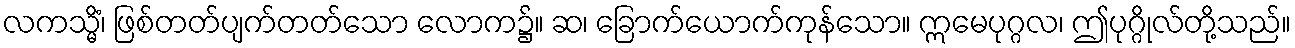
လကသ္မိံ၊ ဖြစ်တတ်ပျက်တတ်သော လောက၌။ ဆ၊ ခြောက်ယောက်ကုန်သော။ ဣမေပုဂ္ဂလ၊ ဤပုဂ္ဂိုလ်တို့သည်။